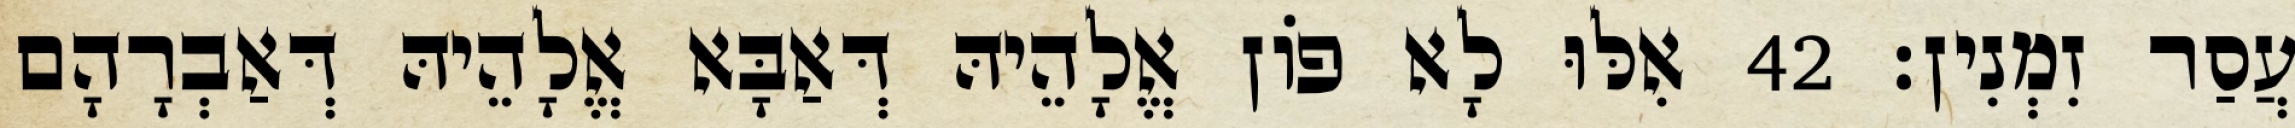
עֲסַר זִמְנִין׃ 42 אִלּוּ לָא פוֹן אֱלָהֵיהּ דְּאַבָּא אֱלָהֵיהּ דְּאַבְרָהָם